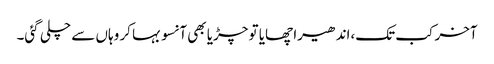
آخر کب تک،اندھیرا چھایا تو چڑیا بھی آنسو بہا کر وہاں سے چلی گئی۔